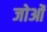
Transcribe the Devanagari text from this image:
जोओं